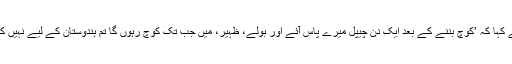
ظہیر نے کہا کہ ’کوچ بننے کے بعد ایک دن چیپل میرے پاس آئے اور بولے، ظہیر، میں جب تک کوچ رہوں گا تم ہندوستان کے لیے نہیں كھیلوگے۔